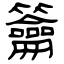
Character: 籥